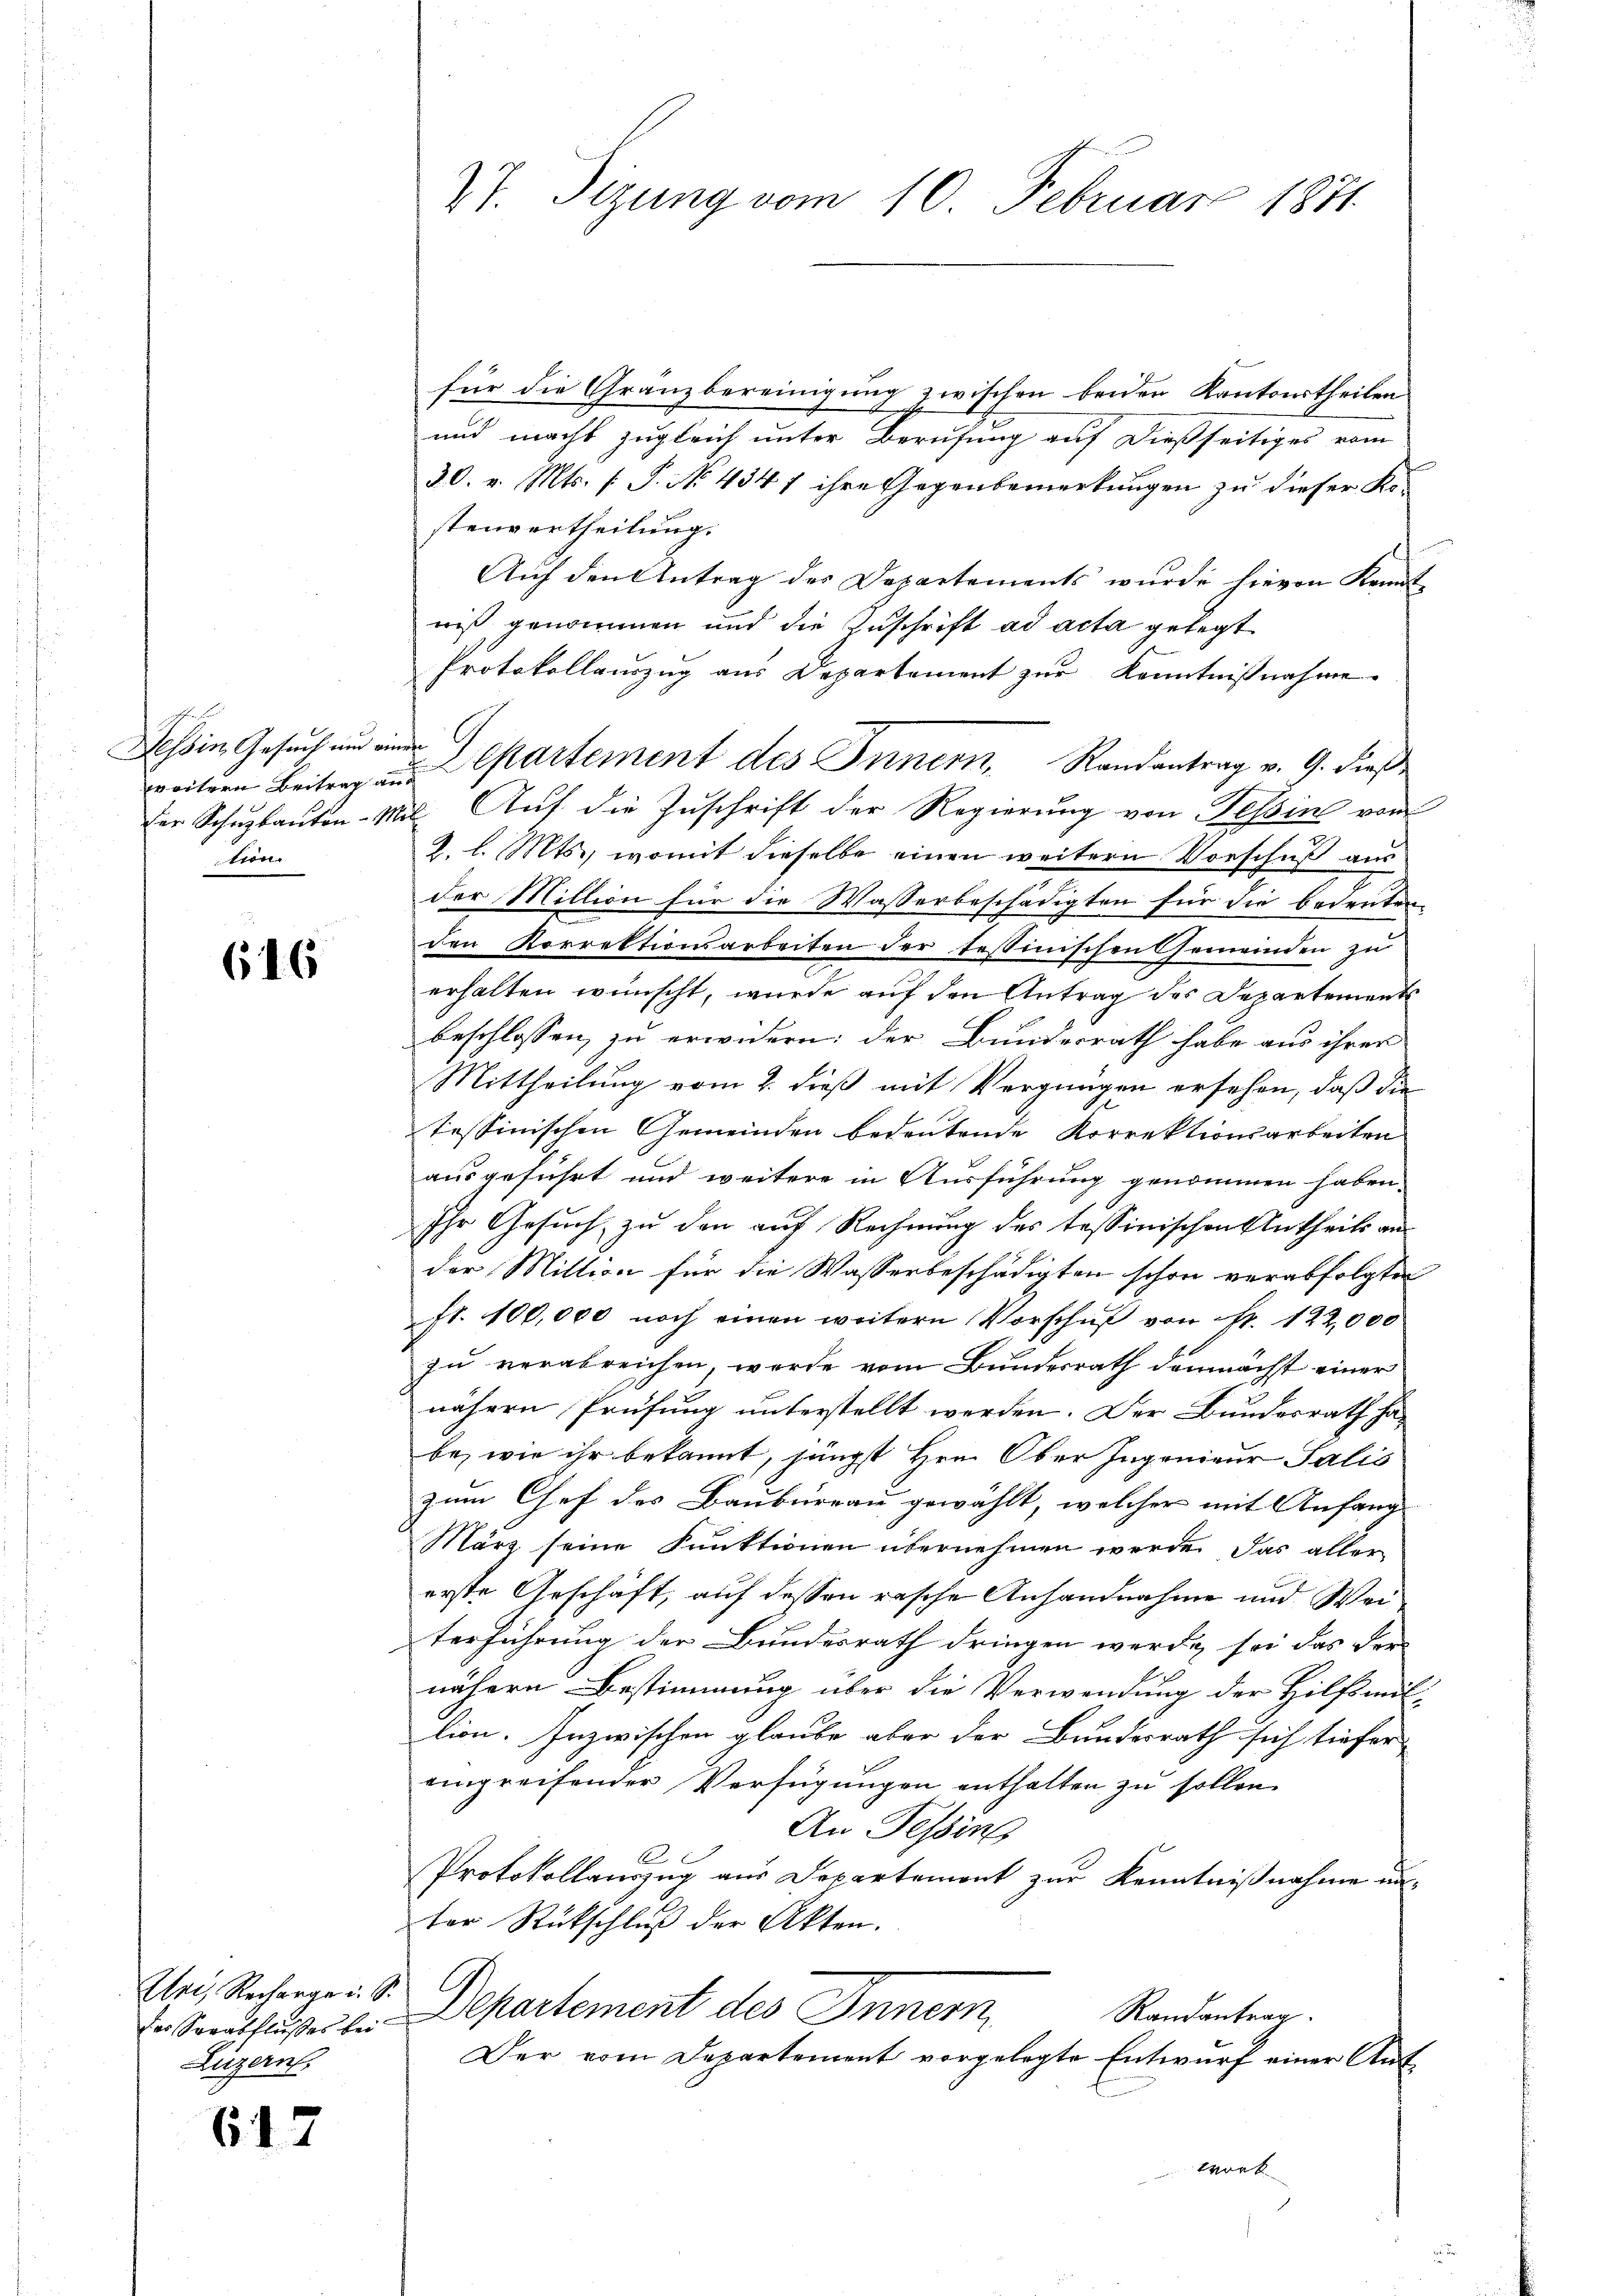
Tessin Gesuch und an
weitern Beitrag an
tron

616

Un, Recharge u. S.
der Serabflußes bei
Luzern.

617

27. Sizung vom 10. Februar 1871

für die Granzbereinigung zwischen beiden Kantonstheilen
und macht zugleich unter Berufung auf dießseitiges vom
30. v. Mts. [ P. No. 434 7 ihre Gegenbemerkungen zu dieser Kostenvertheilung.
Aŭf den Antrag der Departements wŭrde hievon Kennt-
wiß genommen und die Zuschrift ad acta gelegt
Protokollauszug aus Departement zur Kenntnißnahme
e
der Schuzbauten-Mit. Auf die Zuschrift der Regierung von Tessin von
2. l. Mts., womit dieselbe einen weitern Vorschuß aus
der Million für die Wasserbeschädigten für die bedeuten
den Korrektionsarbeiten der testinischen Gemeinden zu
erhalten wünscht, wurde auf den Antrag des Departements
beschlossen, zu erwidern: der Bundesrath habe aus ihrer
Mittheilung vom 2. dieß mit Vergnügen ersehen, daß die
Tessinischen Gemeinden bedeutende Korrektionsarbeiten
ausgeführt und weitere in Ausführung genommen haben.
Ihr Gesuch, zu den auf Rechnung des tessinischen Antheils an
der Mittion für die Wasserbeschädigten schon verabfolgten
fl. 100,000 noch einen weitern Vorschuß von Nr. 122,000
zu verabreichen, werde vom Bundesrath demnächst einer
nähern Prüfung unterstellt werden. Der Bundesrath habe, wie ihr bekannt, jüngst Hrn. Ober Ingenieur Salis
zum Chef des Baubureau gewählt, welcher mit Anfang
März seine Funktionen übernehmen werde. Das aller
erste Geschäft, auf dessen rasche Anhandnahme und Weiterführung der Bundesrath dringen werde sei das Ver-
nähern Bestimmung über die Verwendung der Hilfsmit-
lion. Inzwischen glaube aber der Bundesrath sich tiefer
eingreifender Verfügungen enthalten zu sollen.
An Tessing
A
Protokollauszug aus Departement zur Kenntnißnahme unter Rückschluß der Akten.
Departement des Inner
Randantrag
Der vom Departement vorgelegte Entwurf einer Aufteret

Departement des Innern Randantrag v. 9. diese